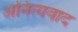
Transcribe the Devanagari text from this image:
अनित्यवाद